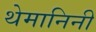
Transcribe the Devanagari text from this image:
थेमानिनी